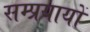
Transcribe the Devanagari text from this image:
सम्प्रयायों